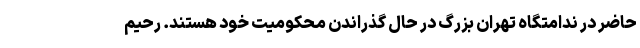
حاضر در ندامتگاه تهران بزرگ در حال گذراندن محکومیت خود هستند. رحیم